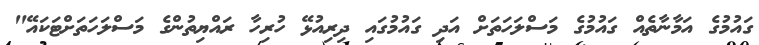
ގައުމުގެ އަމާނާތެއް ގައުމުގެ މަސްލަހަތަށް އަދި ގައުމުގައި ދިރިއުޅޭ ހުރިހާ ރައްޔިތުންގެ މަސްލަހަތަށްޓަކައޭ"